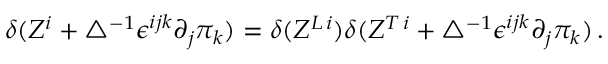
\delta ( Z ^ { i } + \bigtriangleup ^ { - 1 } \epsilon ^ { i j k } \partial _ { j } \pi _ { k } ) = \delta ( Z ^ { L \, i } ) \delta ( Z ^ { T \, i } + \bigtriangleup ^ { - 1 } \epsilon ^ { i j k } \partial _ { j } \pi _ { k } ) \, .